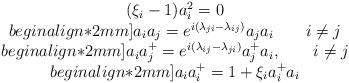
LaTeX: \begin{align*}\begin{array}{c}(\xi_{i} -1) a^{2}_{i}=0\\begin{align*}2mm]a_{i}a_{j}= e^{i(\lambda_{ji}-\lambda_{ij})} a_{j}a_{i} \qquad i \neq j\\begin{align*}2mm]a_{i}a^{+}_{j}=e^{i(\lambda_{ij}-\lambda_{ji})}a^{+}_{j}a_{i}, \qquad i \neq j\\begin{align*}2mm]a_{i}a^{+}_{i}=1+ \xi_{i} a^{+}_{i}a_{i}\end{array}\end{align*}